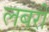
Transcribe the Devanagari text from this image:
लबरी